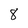
Character: 8